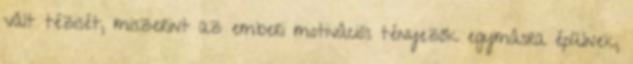
vált tézisét, miszerint az emberi motivációs tényezők egymásra épülnek,